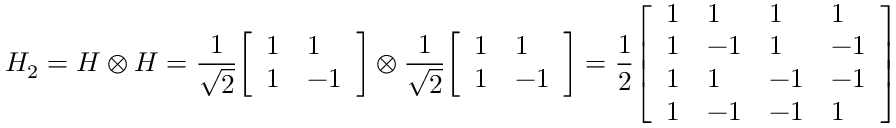
H _ { 2 } = H \otimes H = { \frac { 1 } { \sqrt { 2 } } } { \left[ \begin{array} { l l } { 1 } & { 1 } \\ { 1 } & { - 1 } \end{array} \right] } \otimes { \frac { 1 } { \sqrt { 2 } } } { \left[ \begin{array} { l l } { 1 } & { 1 } \\ { 1 } & { - 1 } \end{array} \right] } = { \frac { 1 } { 2 } } { \left[ \begin{array} { l l l l } { 1 } & { 1 } & { 1 } & { 1 } \\ { 1 } & { - 1 } & { 1 } & { - 1 } \\ { 1 } & { 1 } & { - 1 } & { - 1 } \\ { 1 } & { - 1 } & { - 1 } & { 1 } \end{array} \right] }